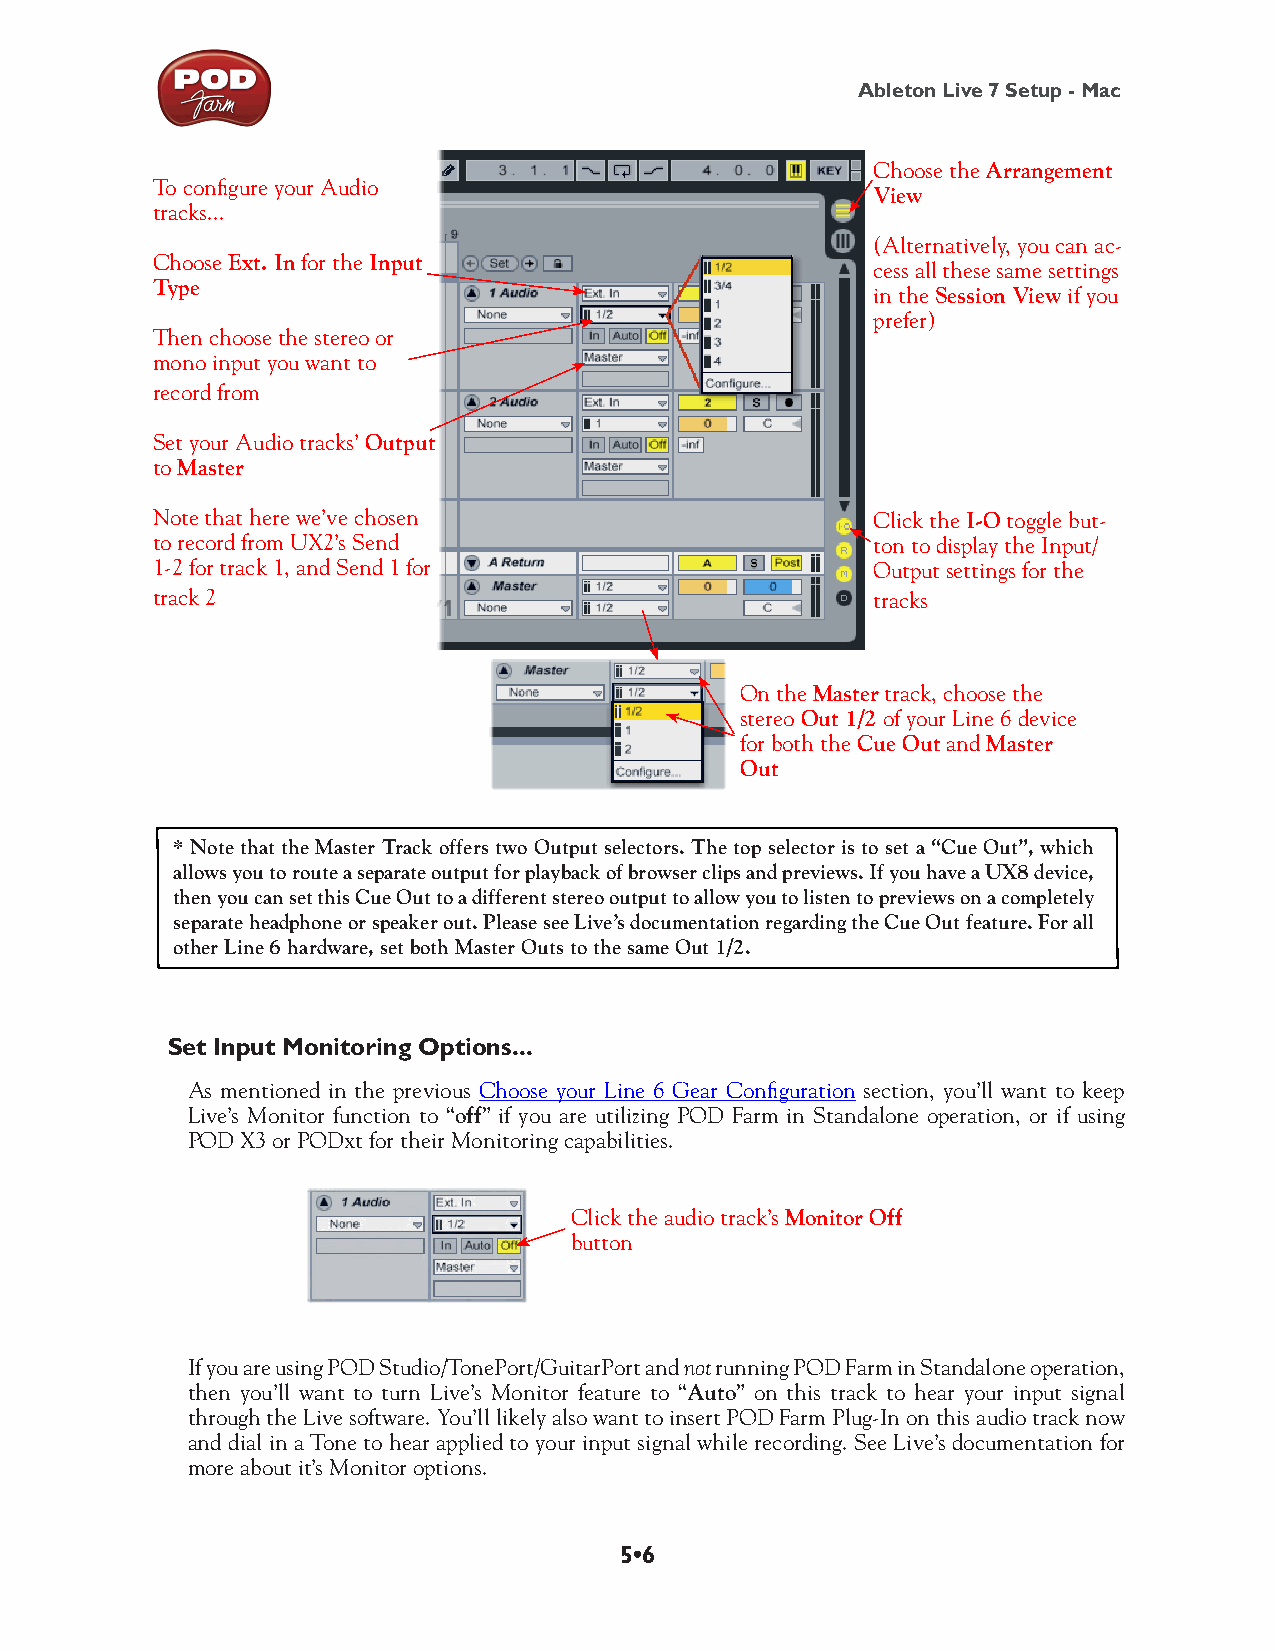
Ableton Live 7 Setup - Mac
 Choose the Arrangement
 To configure your Audio
 View
 tracks...
 (Alternatively, you can ac-
 Choose Ext. In for the Input
 cess all these same settings
 Type
 in the Session View if you
 prefer)
 Then choose the stereo or
 mono input you want to
 record from
 Set your Audio tracks’ Output
 to Master
 Note that here we’ve chosen                     Click the I-O toggle but-
 to record from UX2’s Send                       ton to display the Input/
 1-2 for track 1, and Send 1 for                 Output settings for the
 track 2                                         tracks
 On the Master track, choose the
 stereo Out 1/2 of your Line 6 device
 for both the Cue Out and Master
 Out
 * Note that the Master Track offers two Output selectors. The top selector is to set a “Cue Out”, which
 allows you to route a separate output for playback of browser clips and previews. If you have a UX8 device,
 then you can set this Cue Out to a different stereo output to allow you to listen to previews on a completely
 separate headphone or speaker out. Please see Live’s documentation regarding the Cue Out feature. For all
 other Line 6 hardware, set both Master Outs to the same Out 1/2.
 Set Input Monitoring Options...
 As mentioned in the previous Choose your Line 6 Gear Configuration section, you’ll want to keep
 Live’s Monitor function to “off” if you are utilizing POD Farm in Standalone operation, or if using
 POD X3 or PODxt for their Monitoring capabilities.
 Click the audio track’s Monitor Off
 button
 If you are using POD Studio/TonePort/GuitarPort and not running POD Farm in Standalone operation,
 then you’ll want to turn Live’s Monitor feature to “Auto” on this track to hear your input signal
 through the Live software. You’ll likely also want to insert POD Farm Plug-In on this audio track now
 and dial in a Tone to hear applied to your input signal while recording. See Live’s documentation for
 more about it’s Monitor options.
 5•6